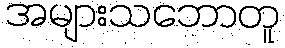
အများသဘောတူ